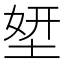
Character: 𡌎